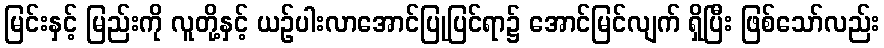
မြင်းနှင့် မြည်းကို လူတို့နှင့် ယဉ်ပါးလာအောင်ပြုပြင်ရာ၌ အောင်မြင်လျက် ရှိပြီး ဖြစ်သော်လည်း